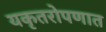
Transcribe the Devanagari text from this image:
यकृतरोपणात